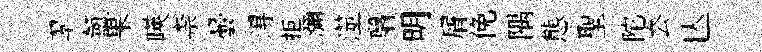
翆氲果暎柰曇淂拒瀰澨翳明屑俛隅態聖陀厺亾